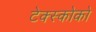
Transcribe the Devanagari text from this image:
टेक्स्कोको